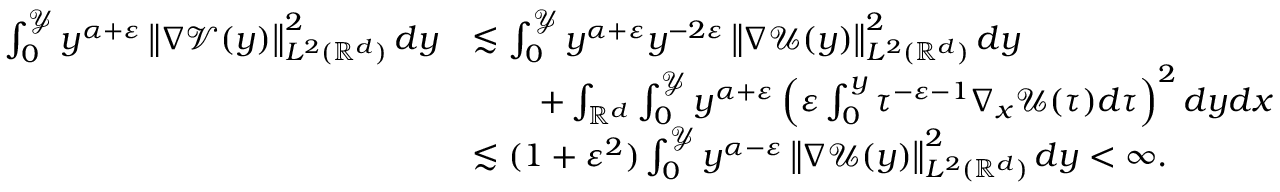
\begin{array} { r l } { \int _ { 0 } ^ { \mathcal { Y } } y ^ { \alpha + \varepsilon } \left\| \nabla \mathcal { V } ( y ) \right\| _ { L ^ { 2 } ( \mathbb { R } ^ { d } ) } ^ { 2 } d y } & { \lesssim \int _ { 0 } ^ { \mathcal { Y } } y ^ { \alpha + \varepsilon } y ^ { - 2 \varepsilon } \left\| \nabla \mathcal { U } ( y ) \right\| _ { L ^ { 2 } ( \mathbb { R } ^ { d } ) } ^ { 2 } d y } \\ & { \qquad + \int _ { \mathbb { R } ^ { d } } \int _ { 0 } ^ { \mathcal { Y } } y ^ { \alpha + \varepsilon } \left( \varepsilon \int _ { 0 } ^ { y } \tau ^ { - \varepsilon - 1 } \nabla _ { x } \mathcal { U } ( \tau ) d \tau \right) ^ { 2 } d y d x } \\ & { \lesssim ( 1 + \varepsilon ^ { 2 } ) \int _ { 0 } ^ { \mathcal { Y } } y ^ { \alpha - \varepsilon } \left\| \nabla \mathcal { U } ( y ) \right\| _ { L ^ { 2 } ( \mathbb { R } ^ { d } ) } ^ { 2 } d y < \infty . } \end{array}